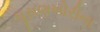
ઘૂસણખોરીના